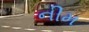
નીમ